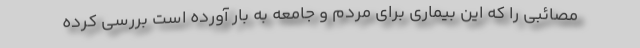
مصائبی را که این بیماری برای مردم و جامعه به بار آورده است بررسی کرده